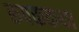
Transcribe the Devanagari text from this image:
रूपककथा